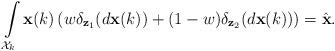
LaTeX: \begin{align*} \int\limits_{\mathcal{X}_k} \mathbf{x}(k) \left(w\delta_{\mathbf{z}_1}(d \mathbf{x}(k))+(1-w)\delta_{\mathbf{z}_2}(d \mathbf{x}(k))\right)=\hat{\mathbf{x}}. \end{align*}